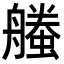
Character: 𧑥